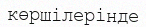
көршілерінде